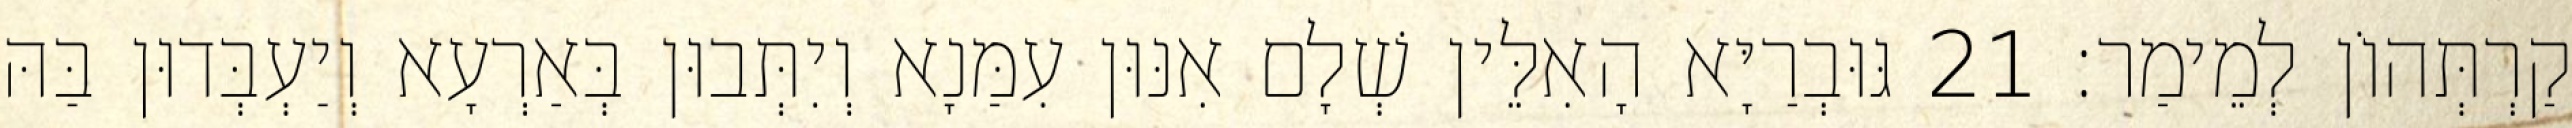
קַרְתְּהוֹן לְמֵימַר׃ 21 גּוּבְרַיָּא הָאִלֵּין שְׁלָם אִנּוּן עִמַּנָא וְיִתְּבוּן בְּאַרְעָא וְיַעְבְּדוּן בַּהּ